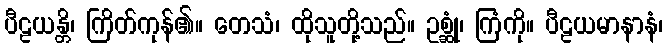
ပီဠယန္တိ၊ ကြိတ်ကုန်၏။ တေသံ၊ ထိုသူတို့သည်။ ဥစ္ဆုံ၊ ကြံကို။ ပီဠယမာနာနံ၊